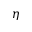
\eta